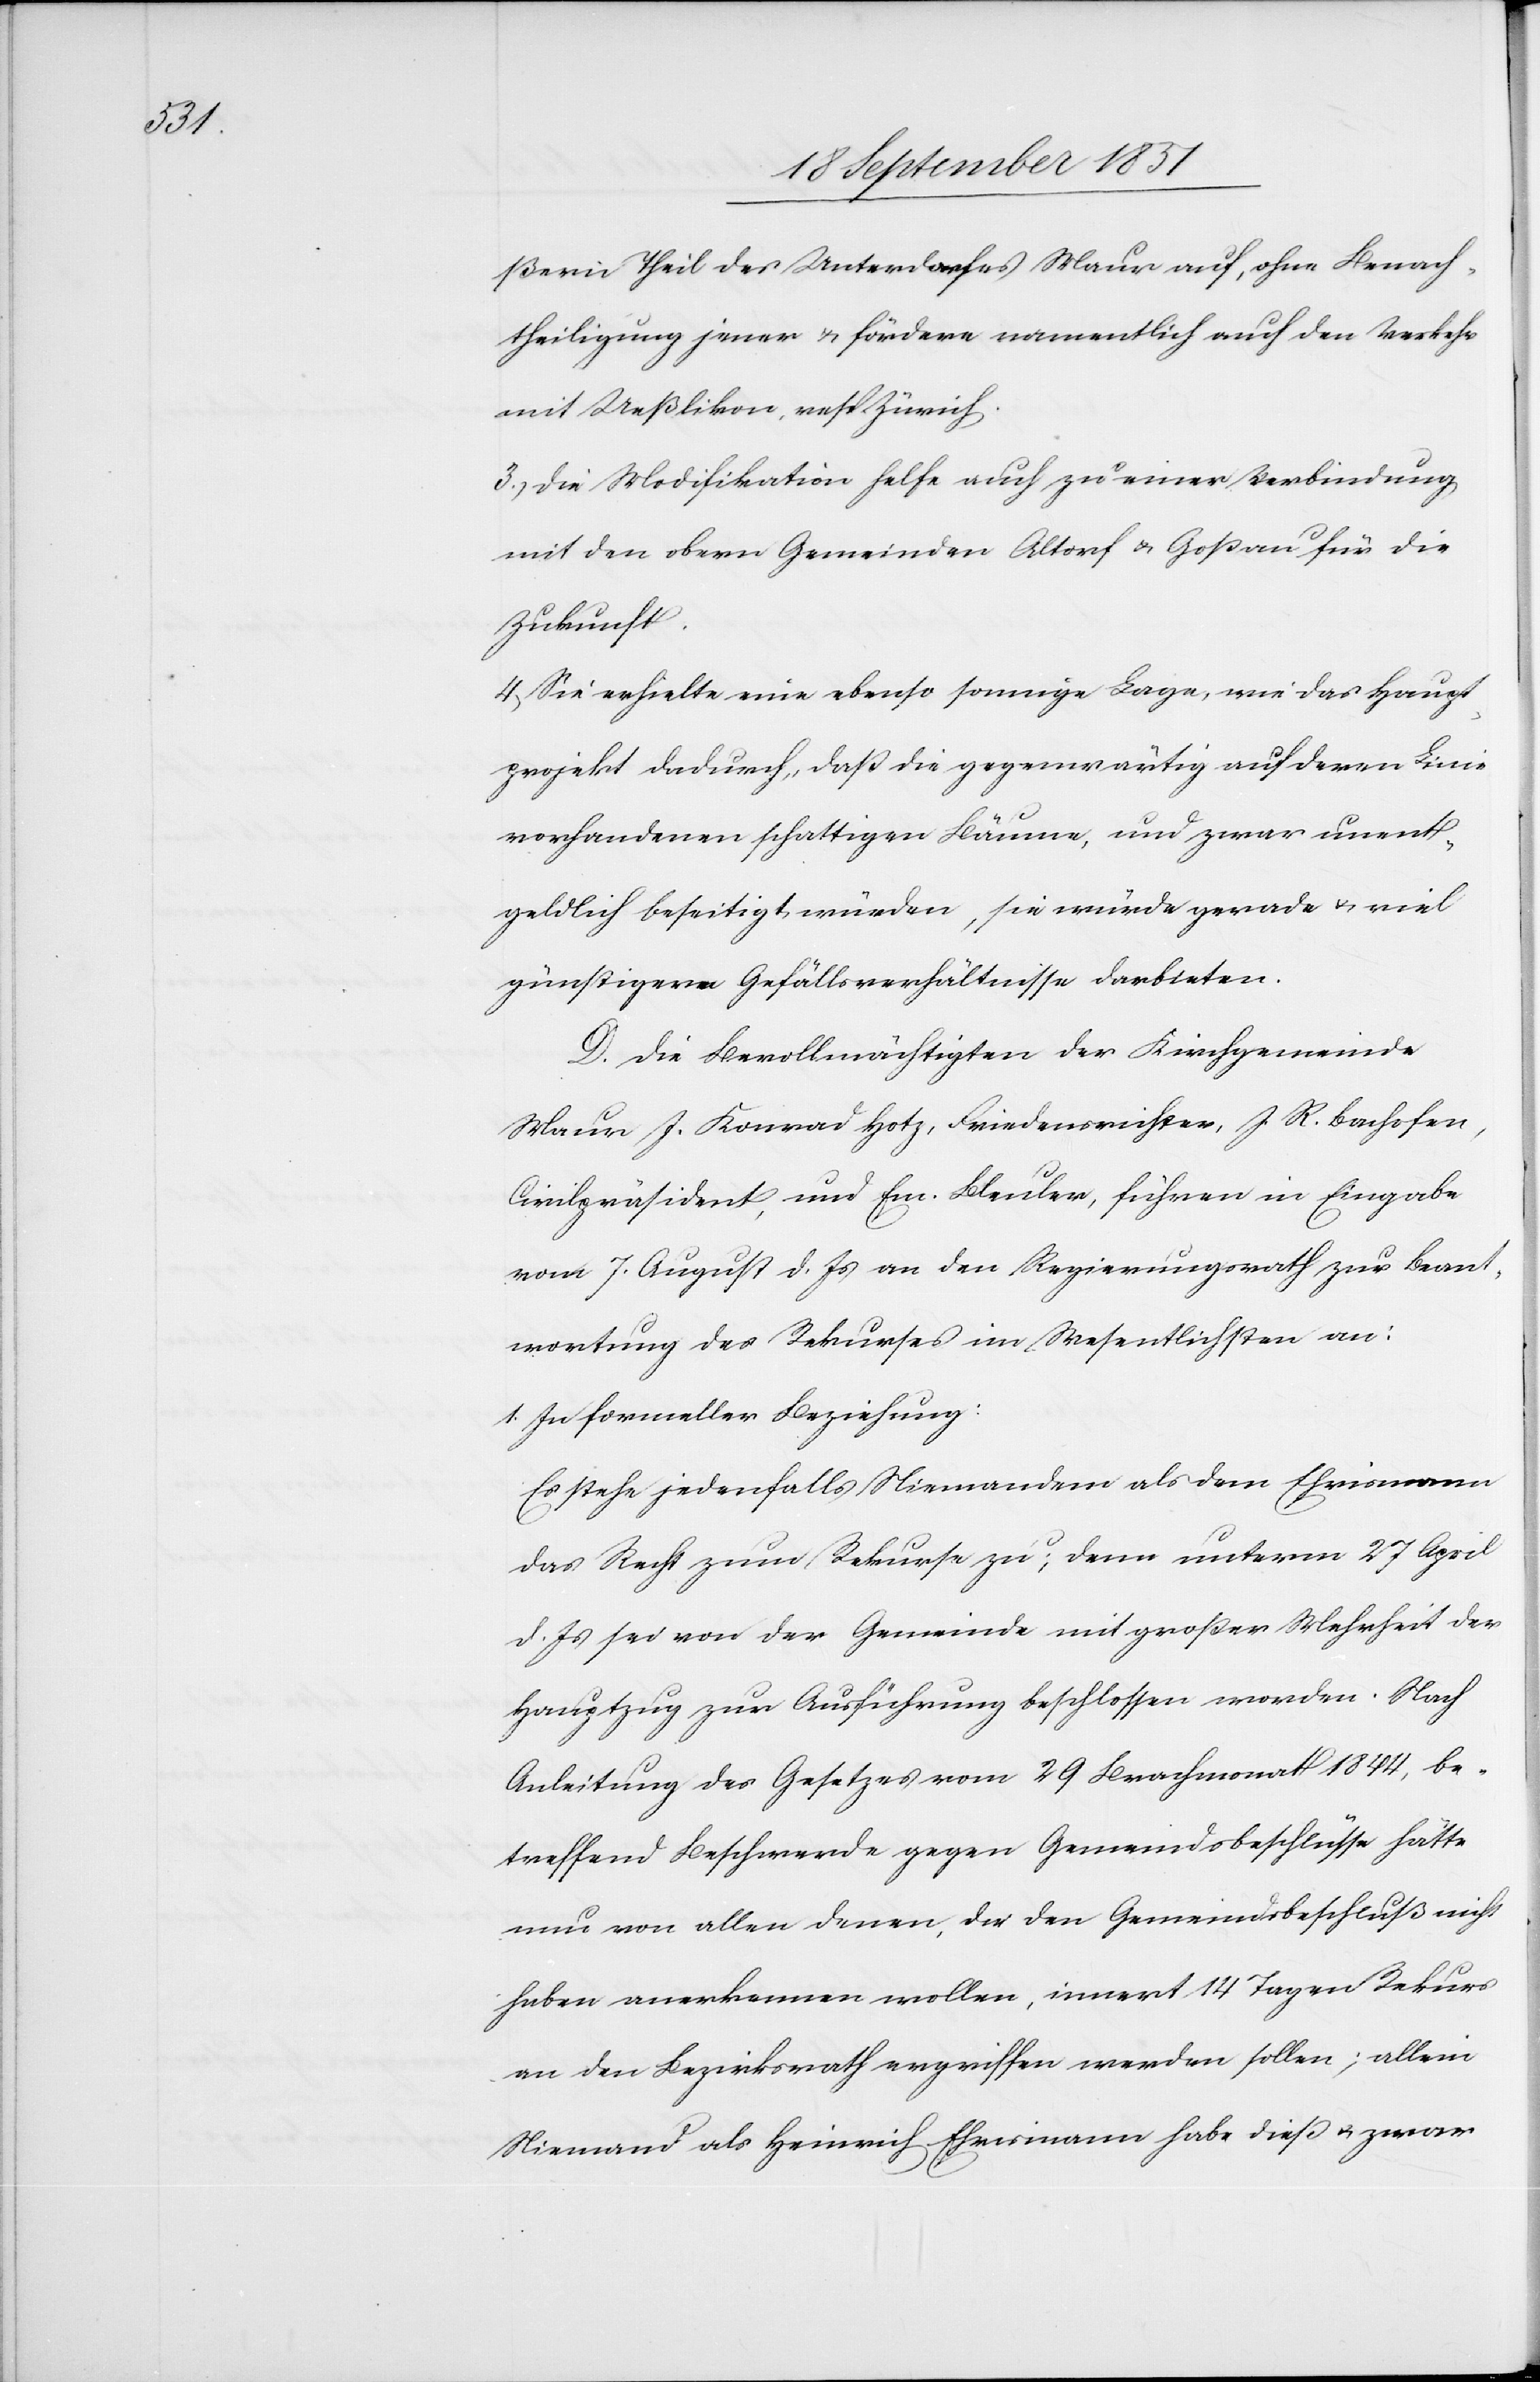
ßern Theil des Unterdorfes Maur auf, ohne Benach¬
theiligung jener & fördere namentlich auch den Verkehr
mit Ueßlikon, resp. Zürich.
3., Die Modifikation helfe auch zu einer Verbindung
mit den obern Gemeinden Altorf & Goßau für die
Zukunft.
4., Sie erhielte eine ebenso sonnige Lage, wie das Haupt¬
projekt dadurch, daß die gegenwärtig auf deren Linie
vorhandenen schattigen Bäume, und zwar unent¬
geldlich beseitigt würden, sie würde gerade & viel
günstigere Gefällsverhältnisse darbieten.
D. Die Bevollmächtigten der Kirchgemeinde
Maur J. Konrad Hotz, Friedensrichter, J. R. Bachofen,
Civilpräsident, und Em. Bleuler, führen in Eingabe
vom 7. August d. Js an den Regierungsrath zur Beant¬
wortung des Rekurses im Wesentlichsten an:
1. In formeller Beziehung:
Es stehe jedenfalls Niemandem als dem Ehrismann
das Recht zum Rekurse zu; denn unterm 27 April
d. Js sei von der Gemeinde mit großer Mehrheit der
Hauptzug zur Ausführung beschlossen worden. Nach
Anleitung des Gesetzes vom 29 Brachmonat 1844, be¬
treffend Beschwerde gegen Gemeindsbeschlüsse hätte
nun von allen denen, die den Gemeindsbeschluß nicht
haben anerkennen wollen, innert 14 Tagen Rekurs
an den Bezirksrath ergriffen werden sollen; allein
Niemand als Heinrich Ehrismann habe dieß & zwar